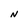
Character: N